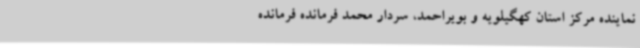
نماینده مرکز استان کهگیلویه و بویراحمد، سردار محمد فرمانده فرمانده